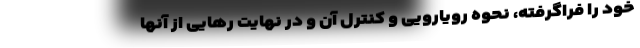
خود را فراگرفته، نحوه رویارویی و کنترل آن و در نهایت رهایی از آنها